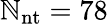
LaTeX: \mathbb{N}_{\mathrm{{nt}}}=78